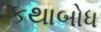
કથાબોધ